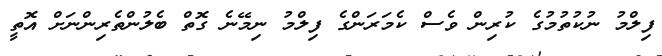
ފިލްމު ނުކުތުމުގެ ކުރިން ވެސް ކެމަރަންގެ ފިލްމު ނިމޭނެ ގޮތް ބެލުންތެރިންނަށް އޮތީ